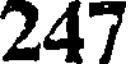
247